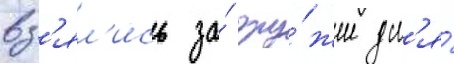
вз'ял'ись за́ ору́жие дл'я́